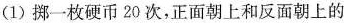
(1)挪一枚硬币20次，正面朝上和反面朝上的